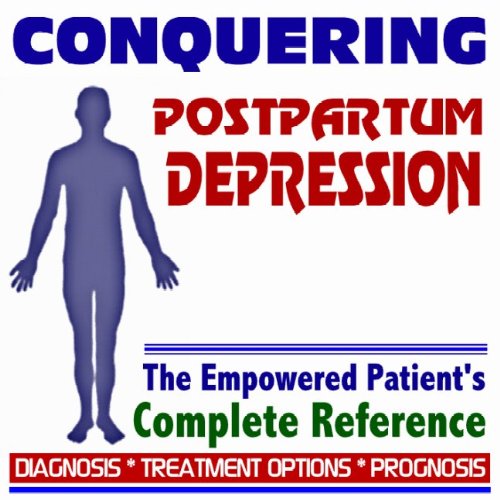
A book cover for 2009 Conquering Postpartum Depression - The Empowered Patient's Complete Reference - Diagnosis, Treatment Options, Prognosis (Two CD-ROM Set); PM Medical Health News; Health, Fitness & Dieting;